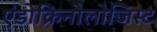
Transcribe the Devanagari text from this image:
एंडोक्रिनोलोजिस्ट